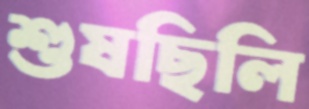
শুষছিলি